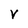
Character: v